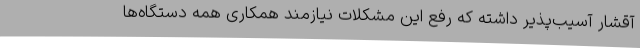
آقشار آسیب‌پذیر داشته که رفع این مشکلات نیازمند همکاری همه دستگاه‌ها